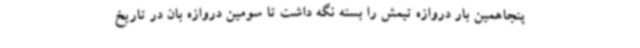
پنجاهمین بار دروازه تیمش را بسته نگه داشت تا سومین دروازه بان در تاریخ